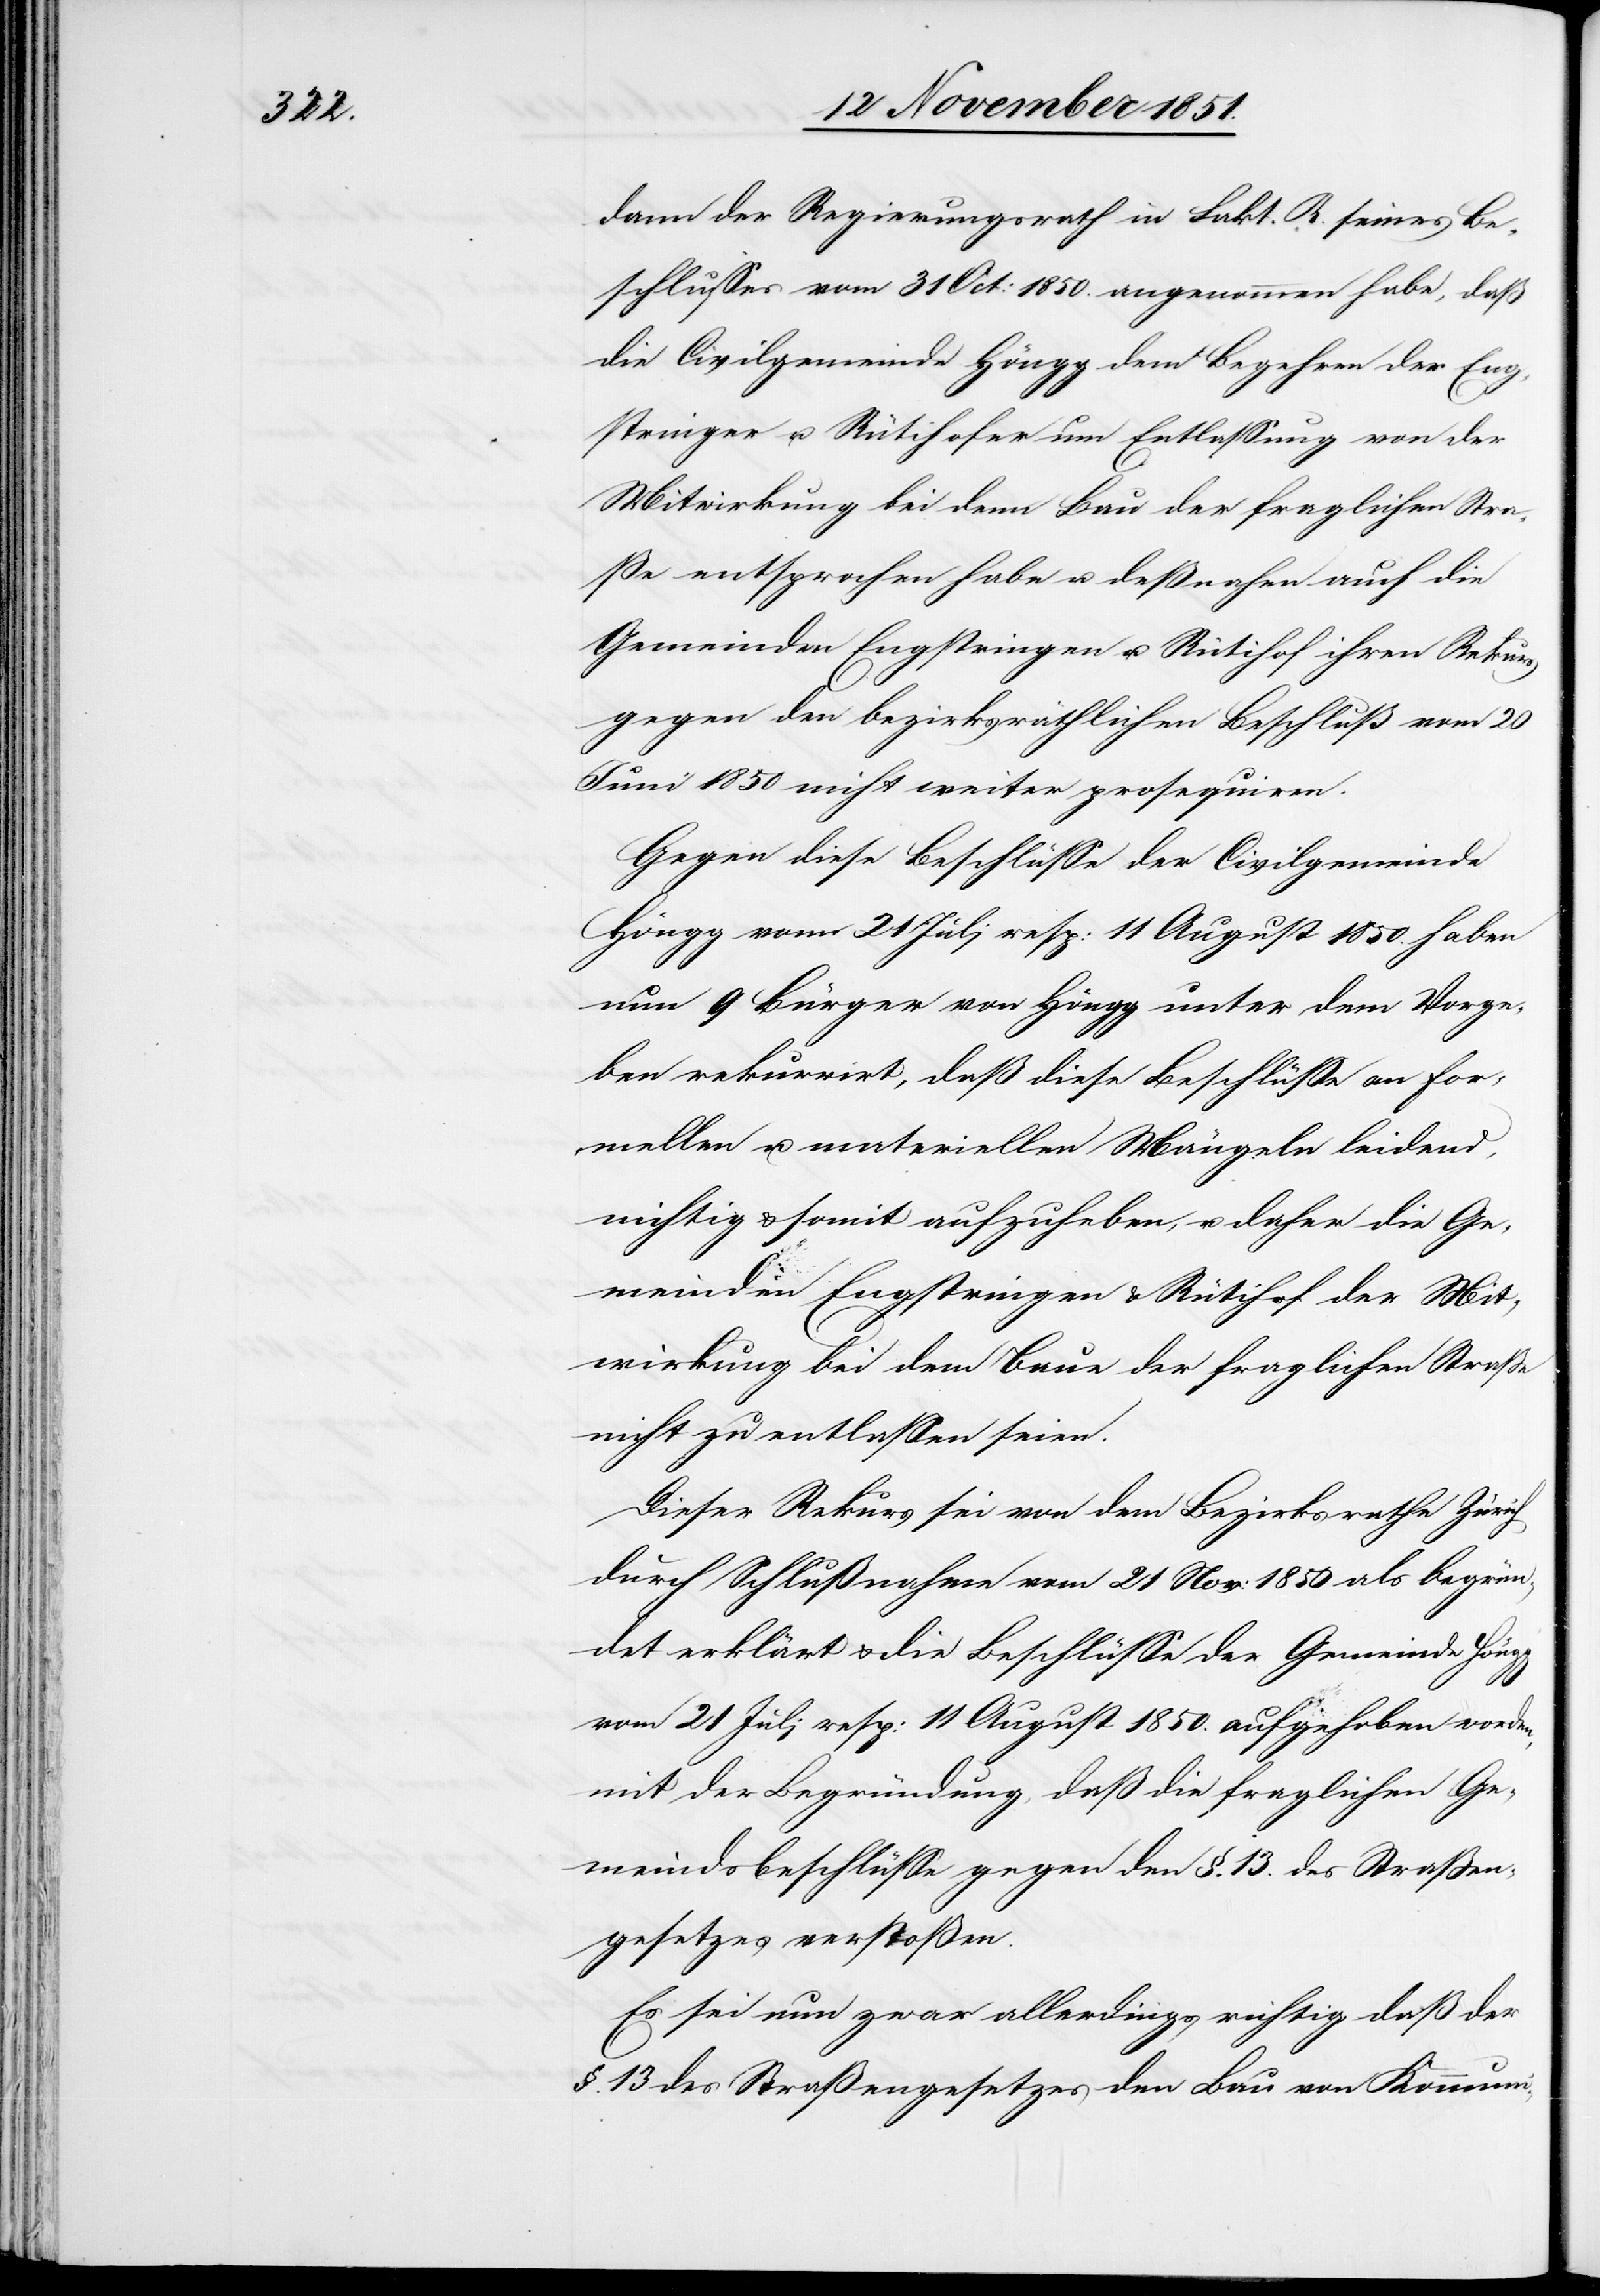
dann der Regierungsrath in Fakt. R. seines Be¬
schlusses vom 31 Oct: 1850. angenommen habe, daß
die Civilgemeinde Höngg dem Begehren der Eng¬
stringer u. Rütihofer um Entlassung von der
Mitwirkung bei dem Bau der fraglichen Stra¬
ße entsprochen habe u. deßnahen auch die
Gemeinden Engstringen u. Rütihof ihren Rekurs
gegen den bezirksräthlichen Beschluß vom 20
Juni 1850 nicht weiter prosequiren.
Gegen diese Beschlüsse der Civilgemeinde
Höngg vom 21 Juli resp: 11 August 1850. haben
nun 9 Bürger von Höngg unter dem Vorge¬
ben rekurrirt, daß diese Beschlüsse an for¬
mellen u. materiellen Mängeln leidend,
nichtig & somit aufzuheben, u. daher die Ge¬
meinden Engstringen & Rütihof der Mit¬
wirkung bei dem Baue der fraglichen Straße
nicht zu entlassen seien.
Dieser Rekurs sei von dem Bezirksrathe Zürich
durch Schlußnahme vom 21 Nov: 1850 als begrün¬
det erklärt & die Beschlüsse der Gemeinde Höngg
vom 21 Juli resp: 11 August 1850. aufgehoben worden,
mit der Begründung, daß die fraglichen Ge¬
meindsbeschlüsse gegen den §. 13. des Straßen¬
gesetzes verstoßen.
Es sei nun zwar allerdings richtig daß der
§. 13 des Straßengesetzes den Bau von Kommuni-